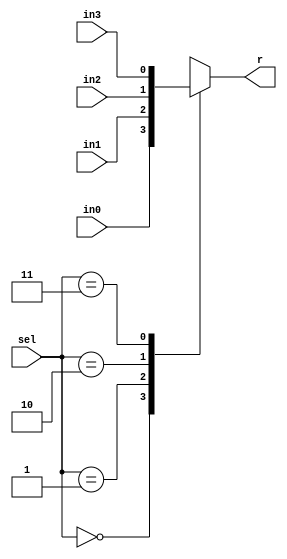
`timescale 1ns / 1ps
//////////////////////////////////////////////////////////////////////////////////
// Company: 
// Engineer: 
// 
// Design Name: 
// Module Name:    lab53d 
// Project Name: 
// Target Devices: 
// Tool versions: 
// Description: 
//
// Dependencies: 
//
// Revision: 
// Revision 0.01 - File Created
// Additional Comments: 
//
//////////////////////////////////////////////////////////////////////////////////
module lab53d (input in0, in1, in2, in3, input [1:0] sel, output reg r);
always @ (*)
case(sel)
2'b00: r <= in0;
2'b01: r <= in1;
2'b10: r <= in2;
2'b11: r <= in3;
endcase
endmodule